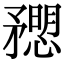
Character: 𥎒